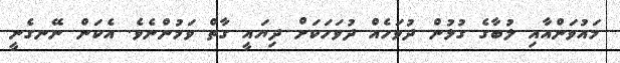
މައުވަންއާއި ލުބާގެ ގުޅުން ދުވަހެއް ދުވަހަކަށް ދިޔައީ ގާތް ވަމުންނެވެ. އެކަން ނޭނގެނީ